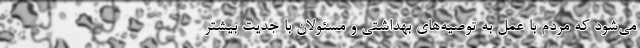
می‌شود که مردم با عمل به توصیه‌های بهداشتی و مسئولان با جدیت بیشتر